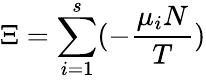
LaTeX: \Xi=\sum_{i=1}^{s}(-{\frac{\mu_{i}N}{T}})